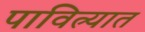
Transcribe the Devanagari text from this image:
पावित्र्यात